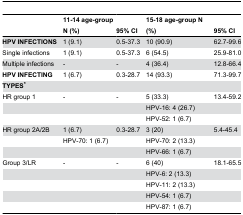
|  | 11-14 age-group N (%) | 95% CI | 15-18 age-group N (%) | 95% CI |
 | --- | --- | --- | --- | --- |
 | HPV INFECTIONS | 1 (9.1) | 0.5-37.3 | 10 (90.9) | 62.7-99.6 |
 | Single infections | 1 (9.1) | 0.5-37.3 | 6 (54.5) | 25.9-81.0 |
 | Multiple infections | - | - | 4 (36.4) | 12.8-66.4 |
 | HPV INFECTING | 1 (6.7) | 0.3-28.7 | 14 (93.3) | 71.3-99.7 |
 | TYPES* |  |  |  |  |
 | HR group 1 | - | - | 5 (33.3) | 13.4-59.2 |
 |  |  |  | HPV-16: 4 (26.7) |  |
 |  |  |  | HPV-52: 1 (6.7) |  |
 | HR group 2A/2B | 1 (6.7) | 0.3-28.7 | 3 (20) | 5.4-45.4 |
 |  | HPV-70: 1 (6.7) |  | HPV-70: 2 (13.3) |  |
 |  |  |  | HPV-66: 1 (6.7) |  |
 | Group 3/LR | - | - | 6 (40) | 18.1-65.5 |
 |  |  |  | HPV-6: 2 (13.3) |  |
 |  |  |  | HPV-11: 2 (13.3) |  |
 |  |  |  | HPV-54: 1 (6.7) |  |
 |  |  |  | HPV-87: 1 (6.7) |  |